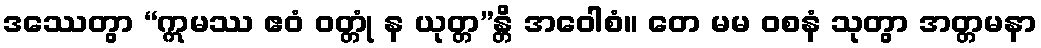
ဒဿေတွာ “ဣမဿ ဧဝံ ဝတ္တုံ န ယုတ္တ”န္တိ အဝေါစံ။ တေ မမ ဝစနံ သုတွာ အတ္တမနာ